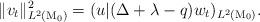
LaTeX: \begin{align*}\|v_t\|_{L^2(\mathrm{M}_0)}^2=(u|(\Delta +\lambda -q)w_t)_{L^2(\mathrm{M}_0)}.\end{align*}